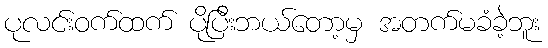
ပုလင်းဝက်ထက် ပိုပြီးဘယ်တော့မှ အတက်မခံခဲ့ဘူး